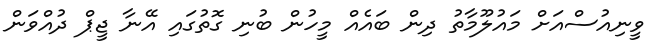
ވީނިއުސްއަށް މައުލޫމާތު ދިން ބައެއް މީހުން ބުނި ގޮތުގައި އޭނާ ޖީޕް ދުއްވަން